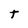
Character: t